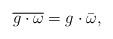
LaTeX: \begin{align*}\overline{g\cdot \omega}=g\cdot \bar{\omega},\end{align*}